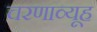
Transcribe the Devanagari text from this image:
चरणाव्यूह